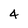
Character: 4